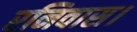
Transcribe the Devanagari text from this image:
रनिवास।